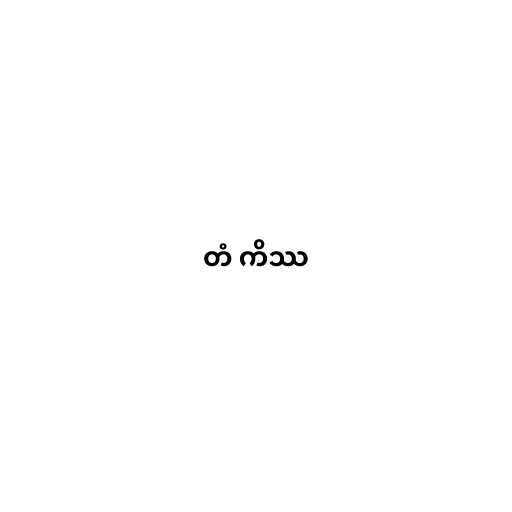
တံ ကိဿ